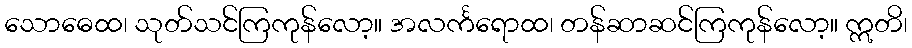
သောဓေထ၊ သုတ်သင်ကြကုန်လော့။ အလင်္ကရောထ၊ တန်ဆာဆင်ကြကုန်လော့။ ဣတိ၊